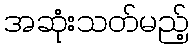
အဆုံးသတ်မည့်